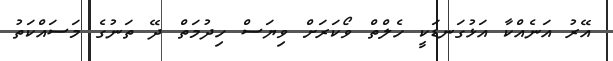
އޭރު އަނެއްކާ އަޅުގަނޑަކީ ހެލްތް ވޯކަރަށް ވިޔަސް ހިދުމަތް ދޭ ތަނުގެ މަަސައްކަތު